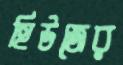
হিউজের